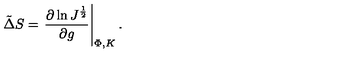
\tilde { \Delta } S = \left. { \frac { \partial \ln J ^ { \frac { 1 } { 2 } } } { \partial g } } \right| _ { \Phi , K } .